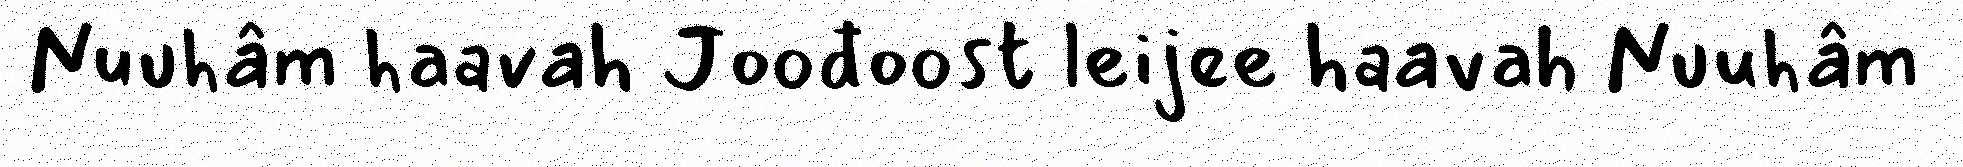
Nuuhâm haavah Joođoost leijee haavah Nuuhâm